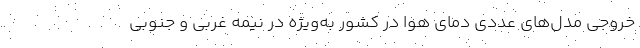
خروجی مدل‌های عددی دمای هوا در کشور به‌ویژه در نیمه غربی و جنوبی